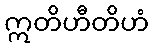
ဣတိဟီတိဟံ